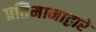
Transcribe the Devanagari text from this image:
प्रतिमानाद्वारे